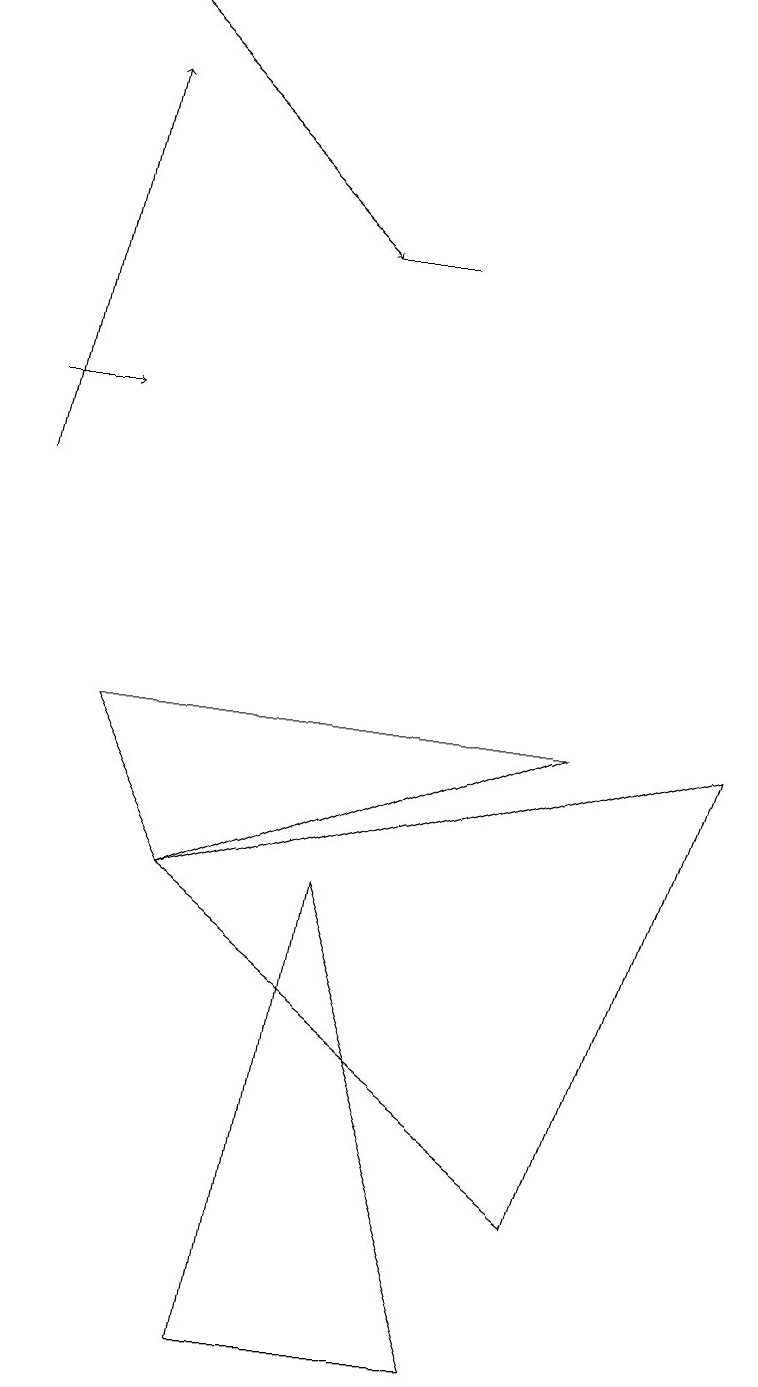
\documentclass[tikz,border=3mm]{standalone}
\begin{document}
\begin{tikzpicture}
\draw (6,1) -- (3,1) -- (4,7) -- cycle;
\draw[->] (0,13) -- (1,13);
\draw[->] (0,12) -- (1,17);
\draw (2,7) -- (1,9) -- (7,9) -- cycle;
\draw (4,15) rectangle (5,15);
\draw (2,7) -- (7,3) -- (9,9) -- cycle;
\draw[->] (1,18) -- (4,15);
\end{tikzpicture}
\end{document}